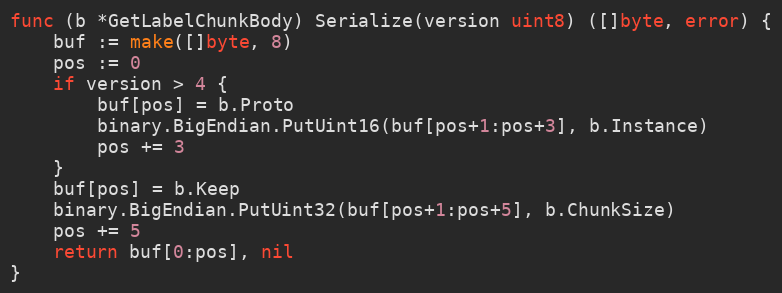
Language: Go
func (b *GetLabelChunkBody) Serialize(version uint8) ([]byte, error) {
	buf := make([]byte, 8)
	pos := 0
	if version > 4 {
		buf[pos] = b.Proto
		binary.BigEndian.PutUint16(buf[pos+1:pos+3], b.Instance)
		pos += 3
	}
	buf[pos] = b.Keep
	binary.BigEndian.PutUint32(buf[pos+1:pos+5], b.ChunkSize)
	pos += 5
	return buf[0:pos], nil
}